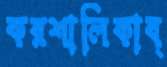
করশালিকাব্